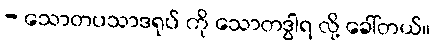
- သောတပသာဒရုပ် ကို သောတဒွါရ လို့ ခေါ်တယ်။